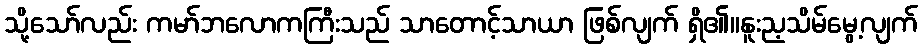
သို့သော်လည်း ကမာ်ဘလောကကြီးသည် သာတောင့်သာယာ ဖြစ်လျက် ရှိ၏။နူးည့သိမ်မွေ့လျက်